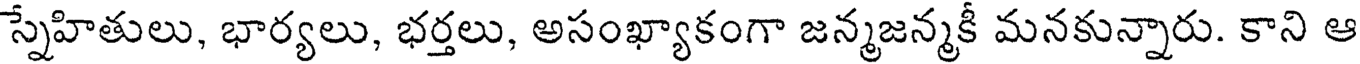
స్నేహితులు, భార్యలు, భర్తలు, అసంఖ్యాకంగా జన్మజన్మకీ మనకున్నారు. కాని ఆ